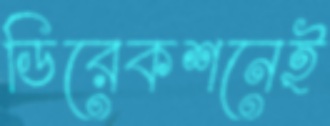
ডিরেকশনেই